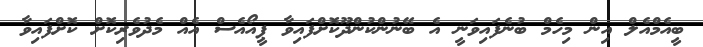
ބީއެމްއެލް އިން މިހެމް ބުނެފައިވަނީ އެ ބޭނުންކުންދޫކޮށްފައިވާ ޕީއޯއެސް އެއް މެދުވެރިކޮށް ކޮށްފައިވާ